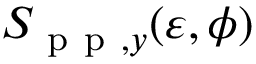
S _ { \mathrm { ~ p ~ p ~ } , y } ( \varepsilon , \phi )